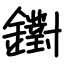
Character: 鑆